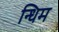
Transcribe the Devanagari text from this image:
न्धिम